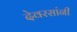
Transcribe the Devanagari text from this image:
देवरसांनी